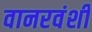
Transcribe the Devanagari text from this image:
वानरवंशी